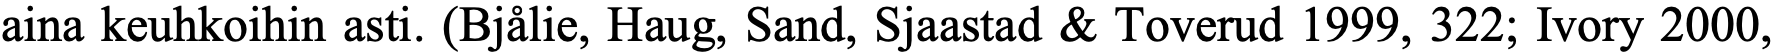
aina keuhkoihin asti. (Bjålie, Haug, Sand, Sjaastad & Toverud 1999, 322; Ivory 2000,